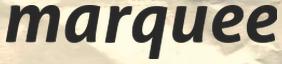
marquee